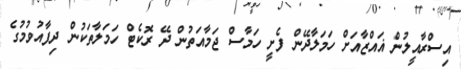
އިސްރާއީލުން ޣައްޒާއަށް ހަމަލާދޭން ފެށީ ހަމާސް ޖަމާއަތުން ދޭ ރޮކެޓް ހަމަލާތަކުން ދިފާއުވުމުގެ